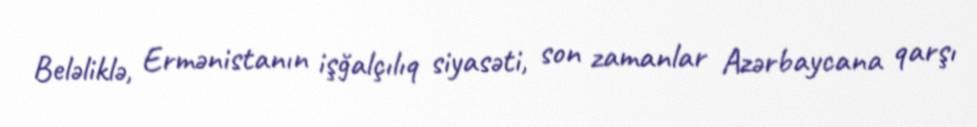
Beləliklə, Ermənistanın işğalçılıq siyasəti, son zamanlar Azərbaycana qarşı